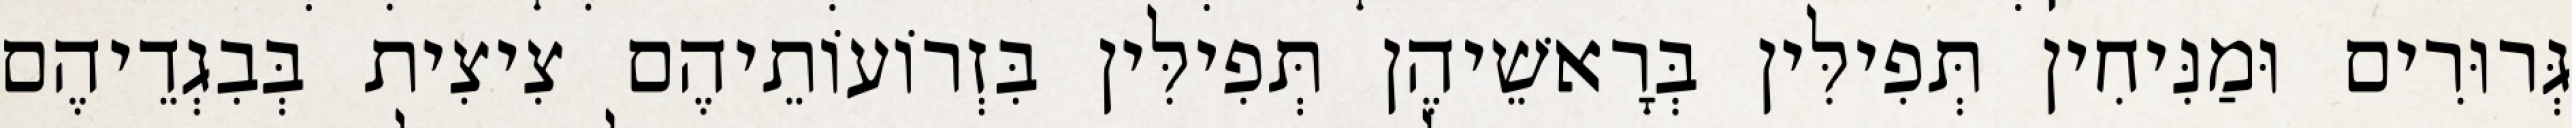
גְּרוּרִים וּמַנִּיחִין תְּפִילִּין בְּרָאשֵׁיהֶן תְּפִילִּין בִּזְרוֹעוֹתֵיהֶם צִיצִית בְּבִגְדֵיהֶם